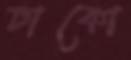
ঢাকো